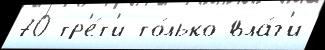
70 тр'е́т'и то́лько вла́г'и